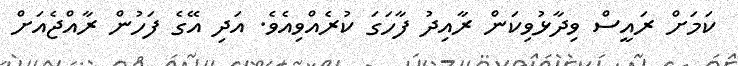
ކަމަށް ރައީސް ވިދާޅުވިކަން ރާއިދު ފާހަގަ ކުރެއްވިއެވެ. އަދި އޭގެ ފަހުން ރާއްޖެއަށް